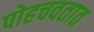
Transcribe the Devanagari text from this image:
पोहचवतात